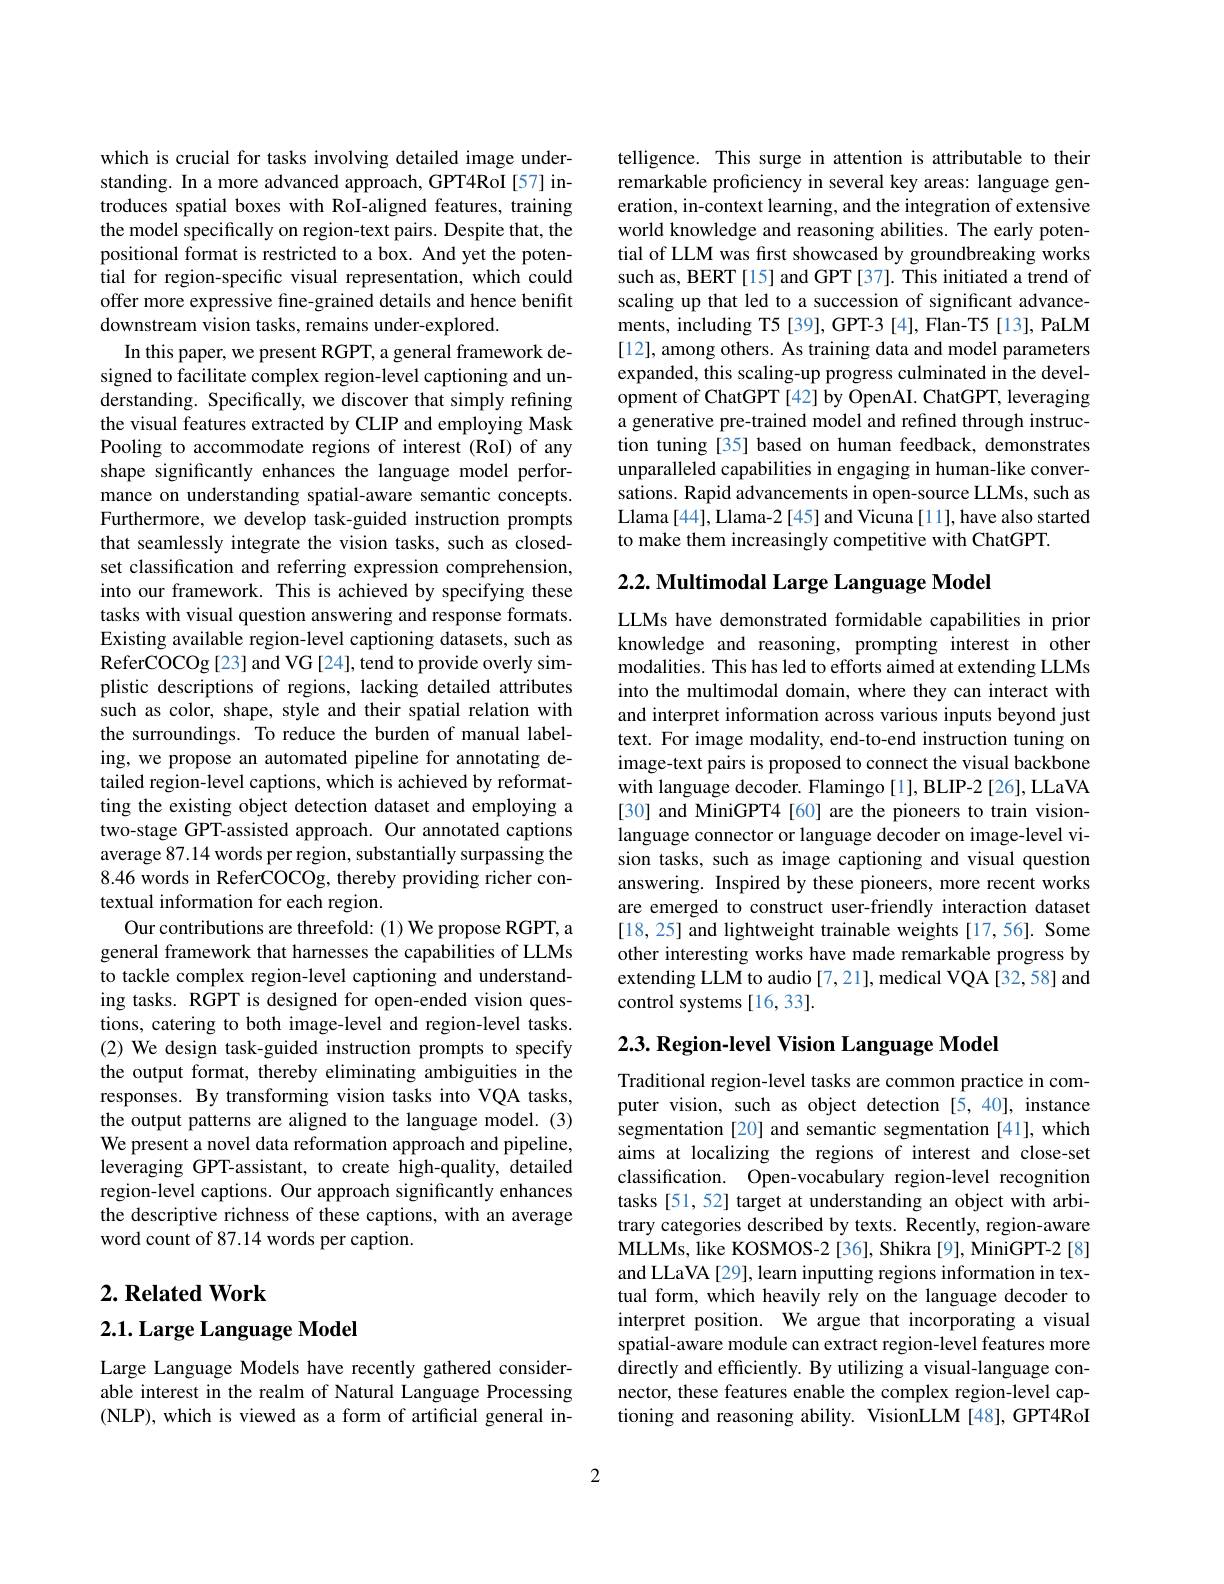
which is crucial for tasks involving detailed image understanding. In a more advanced approach, GPT4RoI[57] introduces spatial boxes with RoI-aligned features, training the model specifically on region-text pairs. Despite that, the positional format is restricted to a box. And yet the potential for region-specific visual representation, which could offer more expressive fine-grained details and hence benifit downstream vision tasks, remains under-explored.
In this paper, we present RGPT, a general framework designed to facilitate complex region-level captioning and understanding. Specifically, we discover that simply refining the visual features extracted by CLIP and employing Mask Pooling to accommodate regions of interest (RoI) of any shape significantly enhances the language model performance on understanding spatial-aware semantic concepts. Furthermore, we develop task-guided instruction prompts that seamlessly integrate the vision tasks, such as closedset classification and referring expression comprehension, into our framework. This is achieved by specifying these tasks with visual question answering and response formats. Existing available region-level captioning datasets, such as ReferCOCOg[23] and VG[24], tend to provide overly simplistic descriptions of regions, lacking detailed attributes $\hat{\text{such as color, shape, style and their spatial relation with}}$ the surroundings. To reduce the burden of manual labeling, we propose an automated pipeline for annotating detailed region-level captions, which is achieved by reformatting the existing object detection dataset and employing a two-stage GPT-assisted approach. Our annotated captions average 87.14 words per region, substantially surpassing the 8.46 words in ReferCOCOg, thereby providing richer contextual information for each region.
Our contributions are threefold: (1) We propose RGPT, a general framework that harnesses the capabilities of LLMs to tackle complex region-level captioning and understanding tasks. RGPT is designed for open-ended vision questions, catering to both image-level and region-level tasks. (2) We design task-guided instruction prompts to specify the output format, thereby eliminating ambiguities in the responses. By transforming vision tasks into VQA tasks, the output patterns are aligned to the language model.(3) We present a novel data reformation approach and pipeline, leveraging GPT-assistant, to create high-quality, detailed region-level captions. Our approach significantly enhances the descriptive richness of these captions, with an average word count of 87.14 words per caption.

## $2. \textbf{Related Work}$

## 2.1. Large Language Model

Large Language Models have recently gathered considerable interest in the realm of Natural Language Processing ( NLP) , which is viewed as a form of artificial general in-

telligence. This surge in attention is attributable to their remarkable proficiency in several key areas: language generation, in-context learning, and the integration of extensive world knowledge and reasoning abilities. The early potential of LLM was first showcased by groundbreaking works such as, BERT [15] and GPT [37]. This initiated a trend of scaling up that led to a succession of significant advancements, including T5 [39], GPT-3 [4], Flan-T5 [13], PaLM [12], among others. As training data and model parameters expanded, this scaling-up progress culminated in the development of ChatGPT [42] by OpenAI. ChatGPT, leveraging a generative pre-trained model and refined through instruction tuning [35] based on human feedback, demonstrates unparalleled capabilities in engaging in human-like conversations. Rapid advancements in open-source LLMs, such as Llama [44], Llama-2 [45] and Vicuna [11], have also started to make them increasingly competitive with ChatGPT.

## $2. 2. \textbf{ Multimodal Large Language Model}$

LLMs have demonstrated formidable capabilities in prior knowledge and reasoning, prompting interest in other modalities. This has led to efforts aimed at extending LLMs into the multimodal domain, where they can interact with and interpret information across various inputs beyond just text. For image modality, end-to-end instruction tuning on image-text pairs is proposed to connect the visual backbone with language decoder. Flamingo [1], BLIP-2 [26], LLaVA [30] and MiniGPT4 [60] are the pioneers to train visionlanguage connector or language decoder on image-level vision tasks, such as image captioning and visual question answering. Inspired by these pioneers, more recent works are emerged to construct user-friendly interaction dataset [18, 25] and lightweight trainable weights [17,56]. Some other interesting works have made remarkable progress by extending LLM to audio [7,21], medical VQA [32,58] and control systems [16,33].

$2. 3. \textbf{Region- level Vision Language Model}$

Traditional region-level tasks are common practice in computer vision, such as object detection [5,40], instance segmentation [20] and semantic segmentation [41], which aims at localizing the regions of interest and close-set classification. Open-vocabulary region-level recognition tasks [51,52] target at understanding an object with arbitrary categories described by texts. Recently, region-aware MLLMs, like KOSMOS-2 [36], Shikra [9], MiniGPT-2 [8] and LLaVA [29], learn inputting regions information in textual form, which heavily rely on the language decoder to interpret position. We argue that incorporating a visual spatial-aware module can extract region-level features more directly and efficiently. By utilizing a visual-language connector, these features enable the complex region-level captioning and reasoning ability. VisionLLM [48], GPT4RoI

2